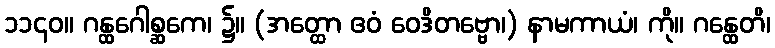
၁၁၄၀။ ဂန္ထဂေါစ္ဆကေ၊ ၌။ (အတ္ထော ဧဝံ ဝေဒိတဗ္ဗော၊) နာမကာယံ၊ ကို။ ဂန္ထေတိ၊